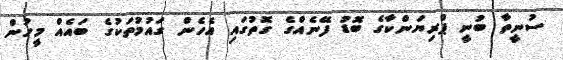
ސުނީތާ ބުނީ ޕްރިޔަންކާގެ ބޮޑު ފޭނެއްގެ ގޮތުގަައި އެހެން ގައުމުތަކުގެ ބައެއް މީހުން